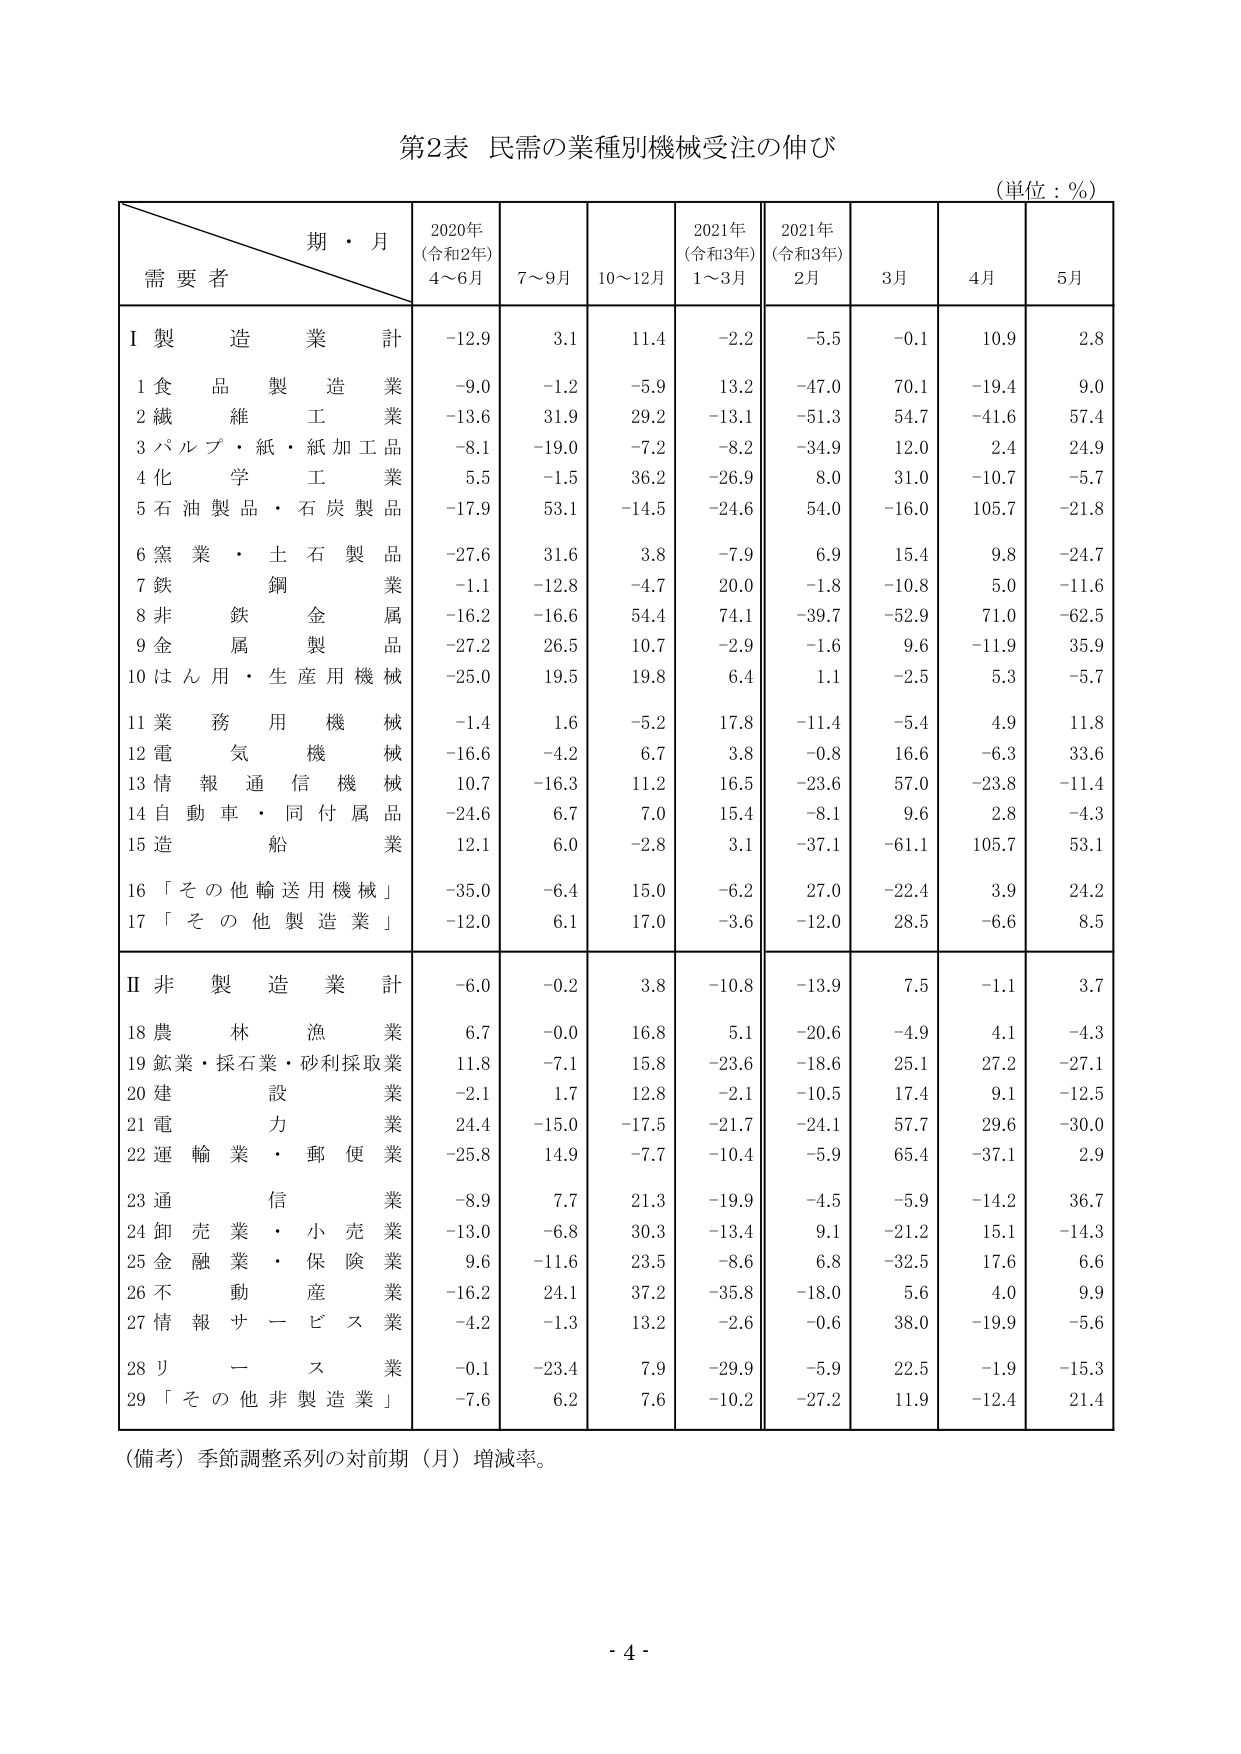
第2表 民需の業種別機械受注の伸び
(単位：％)

期・月
需要者
2020年
(令和2年)
4～6月
7～9月
10～12月
2021年
(令和3年)
1～3月
2021年
(令和3年)
2月
3月
4月
5月

Ⅰ 製造業計
-12.9
3.1
11.4
-2.2
-5.5
-0.1
10.9
2.8

1 食品製造業
-9.0
-1.2
-5.9
13.2
-47.0
70.1
-19.4
9.0

2 繊維工業
-13.6
31.9
29.2
-13.1
-51.3
54.7
-41.6
57.4

3 パルプ・紙・紙加工品業
-8.1
-19.0
-7.2
-8.2
-34.9
12.0
2.4
24.9

4 化学工業
5.5
-1.5
36.2
-26.9
8.0
31.0
-10.7
-5.7

5 石油製品・石炭製品
-17.9
53.1
-14.5
-24.6
54.0
-16.0
105.7
-21.8

6 窯業・土石製品業
-27.6
31.6
3.8
-7.9
6.9
15.4
9.8
-24.7

7 鉄鋼業
-1.1
-12.8
-4.7
20.0
-1.8
-10.8
5.0
-11.6

8 非鉄金属業
-16.2
-16.6
54.4
74.1
-39.7
-52.9
71.0
-62.5

9 金属製品業
-27.2
26.5
10.7
-2.9
-1.6
9.6
-11.9
35.9

10 はん用・生産用機械
-25.0
19.5
19.8
6.4
1.1
-2.5
5.3
-5.7

11 業務用機械
-1.4
1.6
-5.2
17.8
-11.4
-5.4
4.9
11.8

12 電気機械
-16.6
-4.2
6.7
3.8
-0.8
16.6
-6.3
33.6

13 情報通信機械
10.7
-16.3
11.2
16.5
-23.6
57.0
-23.8
-11.4

14 自動車・同付属品業
-24.6
6.7
7.0
15.4
-8.1
9.6
2.8
-4.3

15 造船業
12.1
6.0
-2.8
3.1
-37.1
-61.1
105.7
53.1

16 「その他輸送用機械」
-35.0
-6.4
15.0
-6.2
27.0
-22.4
3.9
24.2

17 「その他製造業」
-12.0
6.1
17.0
-3.6
-12.0
28.5
-6.6
8.5

Ⅱ 非製造業計
-6.0
-0.2
3.8
-10.8
-13.9
7.5
-1.1
3.7

18 農林漁業
6.7
-0.0
16.8
5.1
-20.6
-4.9
4.1
-4.3

19 鉱業・採石業・砂利採取業
11.8
-7.1
15.8
-23.6
-18.6
25.1
27.2
-27.1

20 建設業
-2.1
1.7
12.8
-2.1
-10.5
17.4
9.1
-12.5

21 電力業
24.4
-15.0
-17.5
-21.7
-24.1
57.7
29.6
-30.0

22 運輸業・郵便業
-25.8
14.9
-7.7
-10.4
-5.9
65.4
-37.1
2.9

23 通信業
-8.9
7.7
21.3
-19.9
-4.5
-5.9
-14.2
36.7

24 卸売業・小売業
-13.0
-6.8
30.3
-13.4
9.1
-21.2
15.1
-14.3

25 金融業・保険業
9.6
-11.6
23.5
-8.6
6.8
-32.5
17.6
6.6

26 不動産業
-16.2
24.1
37.2
-35.8
-18.0
5.6
4.0
9.9

27 情報サービス業
-4.2
-1.3
13.2
-2.6
-0.6
38.0
-19.9
-5.6

28 リース業
-0.1
-23.4
7.9
-29.9
-5.9
22.5
-1.9
-15.3

29 「その他非製造業」
-7.6
6.2
7.6
-10.2
-27.2
11.9
-12.4
21.4

（備考）季節調整系列の対前期（月）増減率。

- 4 -